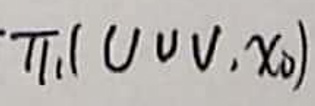
$\pi _ { 1 } ( U \cup V, x _ { 0 } )$